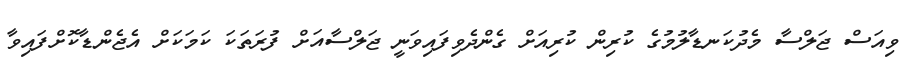
ވިއަސް ޖަލްސާ މެދުކަނޑާލުމުގެ ކުރިން ކުރިއަށް ގެންދެވިފައިވަނީ ޖަލްސާއަށް ފުރަތަކަ ކަމަކަށް އެޖެންޑާކޮށްފައިވާ